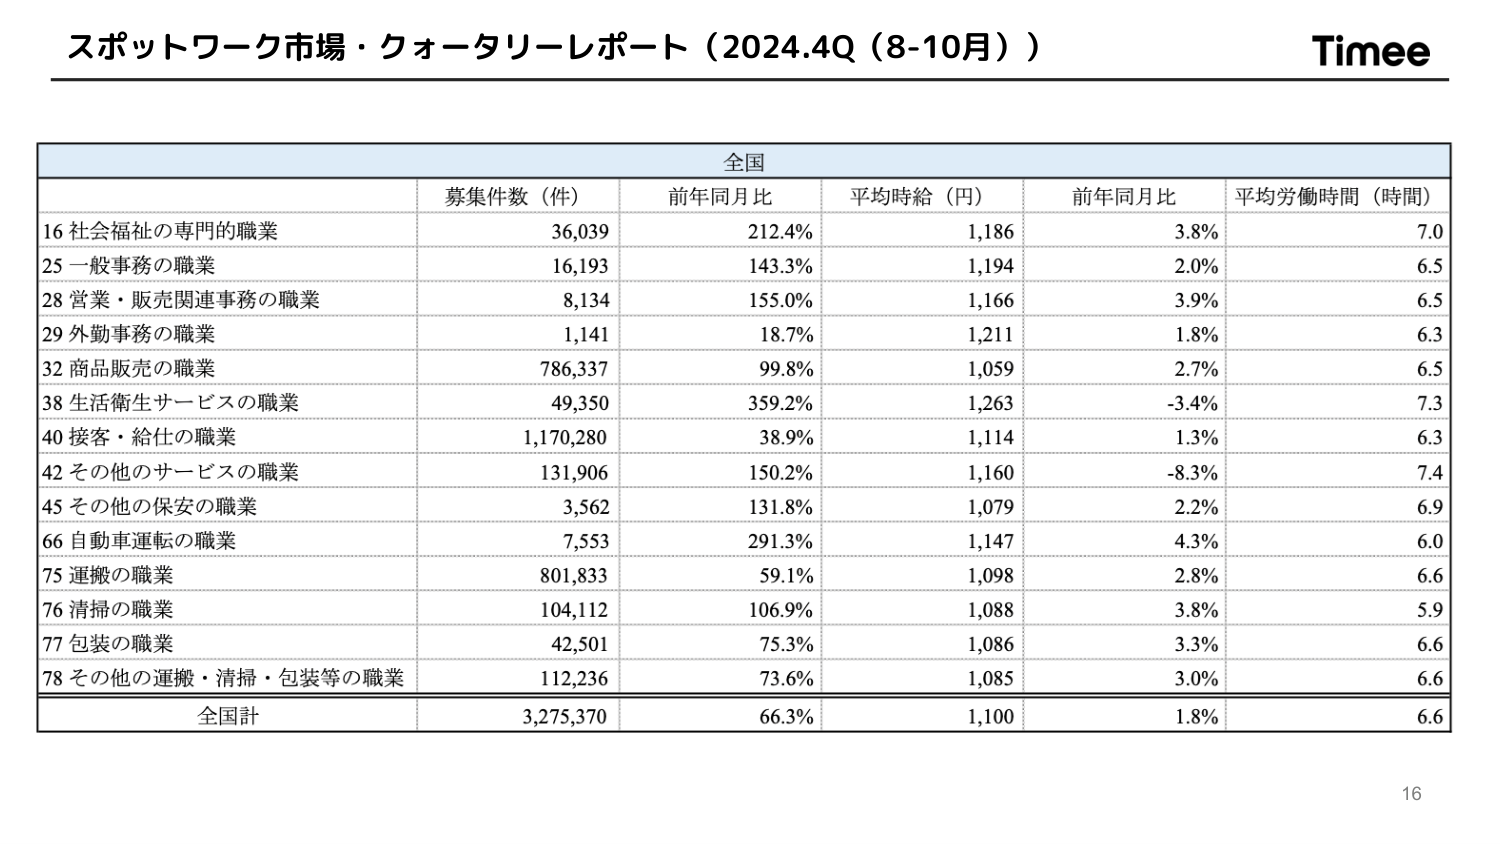
スポットワーク市場・クォータリーレポート（2024.4Q（8-10月））
Timee

全国
募集件数（件） 前年同月比 平均時給（円） 前年同月比 平均労働時間（時間）

16 社会福祉の専門的職業 36,039 212.4% 1,186 3.8% 7.0
25 一般事務の職業 16,193 143.3% 1,194 2.0% 6.5
28 営業・販売関連事務の職業 8,134 155.0% 1,166 3.9% 6.5
29 外勤事務の職業 1,141 18.7% 1,211 1.8% 6.3
32 商品販売の職業 786,337 99.8% 1,059 2.7% 6.5
38 生活衛生サービスの職業 49,350 359.2% 1,263 -3.4% 7.3
40 接客・給仕の職業 1,170,280 38.9% 1,114 1.3% 6.3
42 その他のサービスの職業 131,906 150.2% 1,160 -8.3% 7.4
45 その他の保安の職業 3,562 131.8% 1,079 2.2% 6.9
66 自動車運転の職業 7,553 291.3% 1,147 4.3% 6.0
75 運搬の職業 801,833 59.1% 1,098 2.8% 6.6
76 清掃の職業 104,112 106.9% 1,088 3.8% 5.9
77 包装の職業 42,501 75.3% 1,086 3.3% 6.6
78 その他の運搬・清掃・包装等の職業 112,236 73.6% 1,085 3.0% 6.6

全国計 3,275,370 66.3% 1,100 1.8% 6.6

16